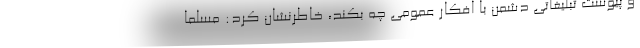
و پیوست تبلیغاتی دشمن با افکار عمومی چه بکند، خاطرنشان کرد: مسلما